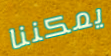
يمكننا